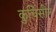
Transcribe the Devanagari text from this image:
कुर्चिसीन